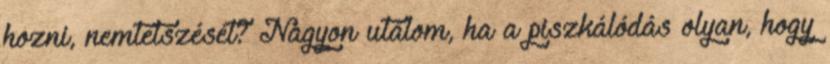
hozni, nemtetszését? Nagyon utálom, ha a piszkálódás olyan, hogy